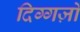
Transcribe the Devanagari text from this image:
दिग्गज़ों